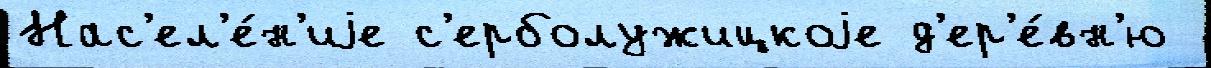
Нас'ел'е́н'иjе с'ерболужицкоjе д'ер'е́вн'ю